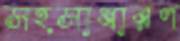
সহসাধারণ